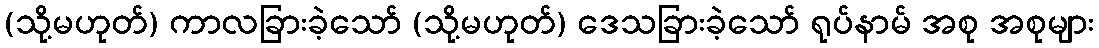
(သို့မဟုတ်) ကာလခြားခဲ့သော် (သို့မဟုတ်) ဒေသခြားခဲ့သော် ရုပ်နာမ် အစု အစုများ